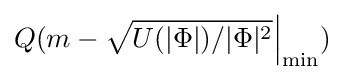
Q(m-{\sqrt {U(|\Phi |)/|\Phi |^{2}}}{\Big |}_{\min })